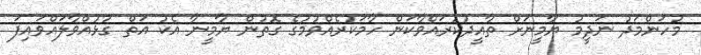
މުހަންމަދު ނަދީމު ޔާމީނަށް ތާއީދުކުރައްވާކަން ހާމަކުރެއްވުމުގެ ގޮތުން ޔާމީނާ އެކު އަތް ގުޅުއްވާލައްވައިފަ